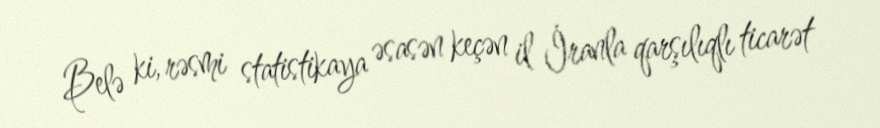
Belə ki, rəsmi statistikaya əsasən keçən il İranla qarşılıqlı ticarət